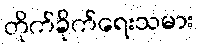
တိုက်ခိုက်ရေးသမား